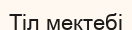
Тіл мектебі